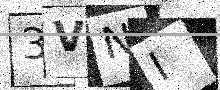
Text: 3VNI